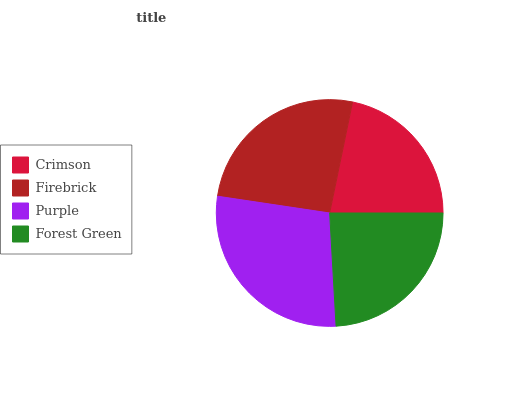
| Crimson | Firebrick | Purple | Forest Green |
 | --- | --- | --- | --- |
 | 21.8% | 25.9% | 28.3% | 24% |